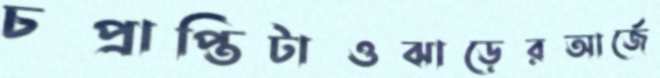
চপ্রাপ্তিটাওঝাড়েরআর্জে